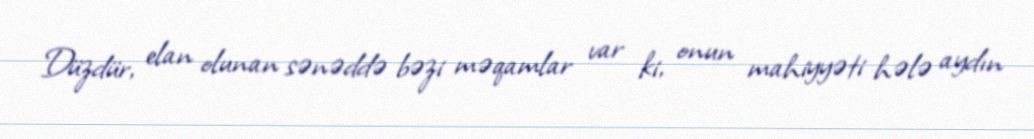
Düzdür, elan olunan sənəddə bəzi məqamlar var ki, onun mahiyyəti hələ aydın